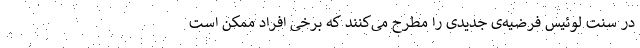
در سنت لوئیس فرضیه‌ی جدیدی را مطرح می‌کنند که برخی افراد ممکن است